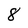
Character: 8